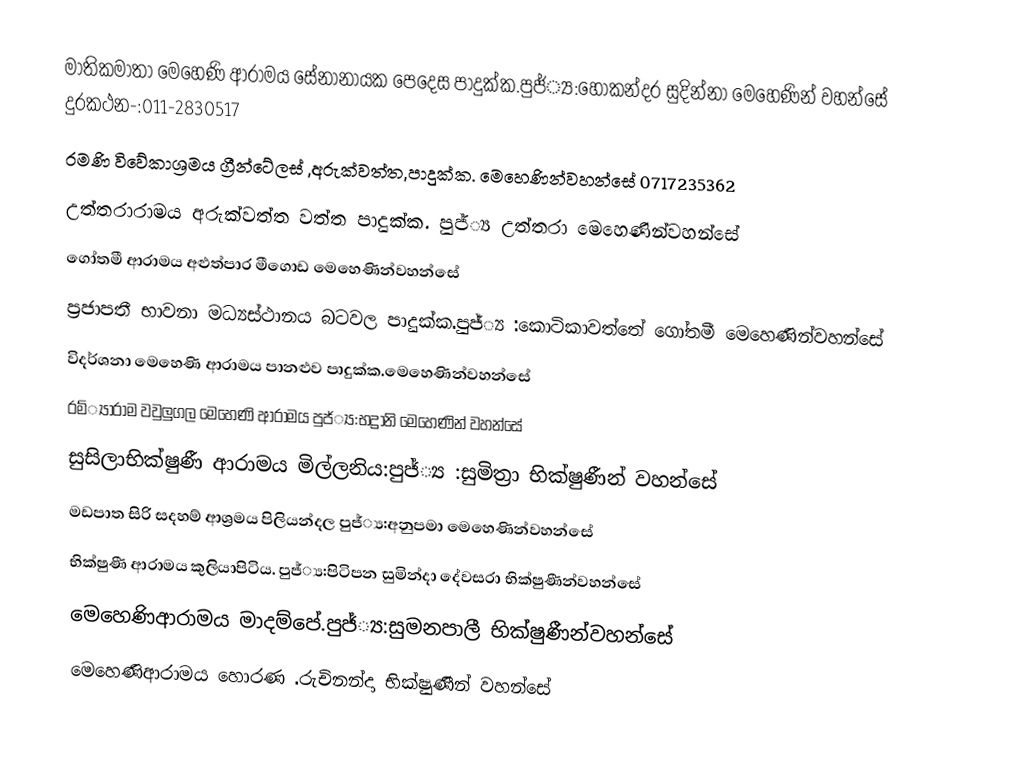
මාතිකමාතා මෙහෙණි ආරාමය සේනානායක පෙදෙස පාදුක්ක.පුජ්්‍ය:හෝකන්දර සුදින්නා මෙහෙණින් වහන්සේ දුරකථන-:011-2830517
රමණි විවේකාශ්‍රමය ග්‍රීන්ටේලස් ,අරුක්වත්ත,පාදුක්ක.   මෙහෙණින්වහන්සේ  0717235362
උත්තරාරාමය අරුක්වත්ත වත්ත පාදුක්ක. පුජ්්‍ය උත්තරා මෙහෙණින්වහන්සේ
ගෝතමී ආරාමය අළුත්පාර මීගොඩ  මෙහෙණින්වහන්සේ
ප්‍රජාපතී භාවනා මධ්‍යස්ථානය බටවල පාදුක්ක.පුජ්්‍ය :කොටිකාවත්තේ ගෝතමී මෙහෙණින්වහන්සේ
විදර්ශනා මෙහෙණි ආරාමය පානළුව පාදුක්ක.මෙහෙණින්වහන්සේ
 රම්්‍යාරාම වවුලුගල මෙහෙණි ආරාමය පුජ්්‍ය:භද්‍රානි මෙහෙණින් වහන්සේ
සුසිලාභික්ෂුණී ආරාමය මිල්ලනිය:පුජ්්‍ය :සුමිත්‍රා භික්ෂුණීන් වහන්සේ
මඩපාත සිරි සදහම් ආශ්‍රමය පිලියන්දල පුජ්්‍ය:අනුපමා මෙහෙණින්වහන්සේ
භික්ෂුණී ආරාමය කුලියාපිටිය. පුජ්්‍ය:පිටිපන සුමින්දා දේවසරා භික්ෂුණීන්වහන්සේ
මෙහෙණිආරාමය මාදම්පේ.පුජ්්‍ය:සුමනපාලී භික්ෂුණීන්වහන්සේ
මෙහෙණිආරාමය හොරණ .රුචිනන්දා භික්ෂුණීන් වහන්සේ